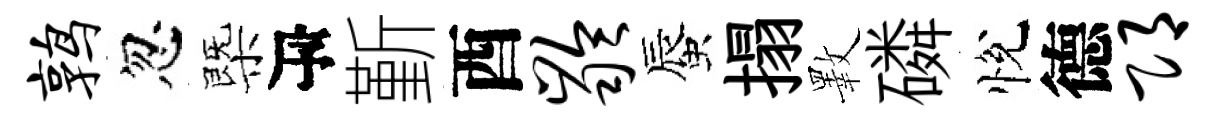
鹑忽㮣瓴斳酉龄蜃搨斁磷悅德邛